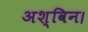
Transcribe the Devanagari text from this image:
अश्विन।